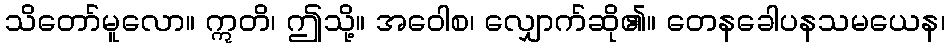
သိတော်မူလော။ ဣတိ၊ ဤသို့။ အဝေါစ၊ လျှောက်ဆို၏။ တေနခေါပနသမယေန၊